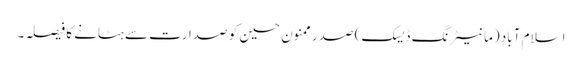
اسلام آباد (مانیٹرنگ ڈیسک) صدر ممنون حسین کو صدارت سے ہٹانے کا فیصلہ۔